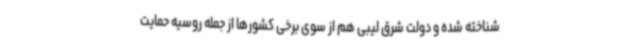
شناخته شده و دولت شرق لیبی هم از سوی برخی کشورها از جمله روسیه حمایت